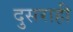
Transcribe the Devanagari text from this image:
दुसराही